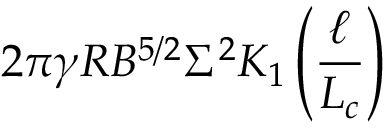
2 \pi \gamma R B ^ { 5 / 2 } \Sigma ^ { 2 } K _ { 1 } \left( { \frac { \ell } { L _ { c } } } \right)